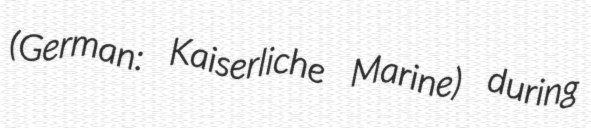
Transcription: (German: Kaiserliche Marine) during